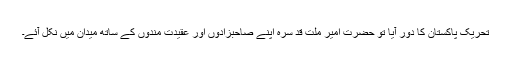
تحریک پاکستان کا دور آیا تو حضرت امیر ملّت قد سرہ اپنے صاحبزادوں اور عقیدت مندوں کے ساتھ میدان میں نکل آئے۔